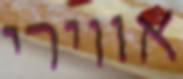
אווירי